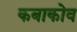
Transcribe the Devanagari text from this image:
कबाकोव